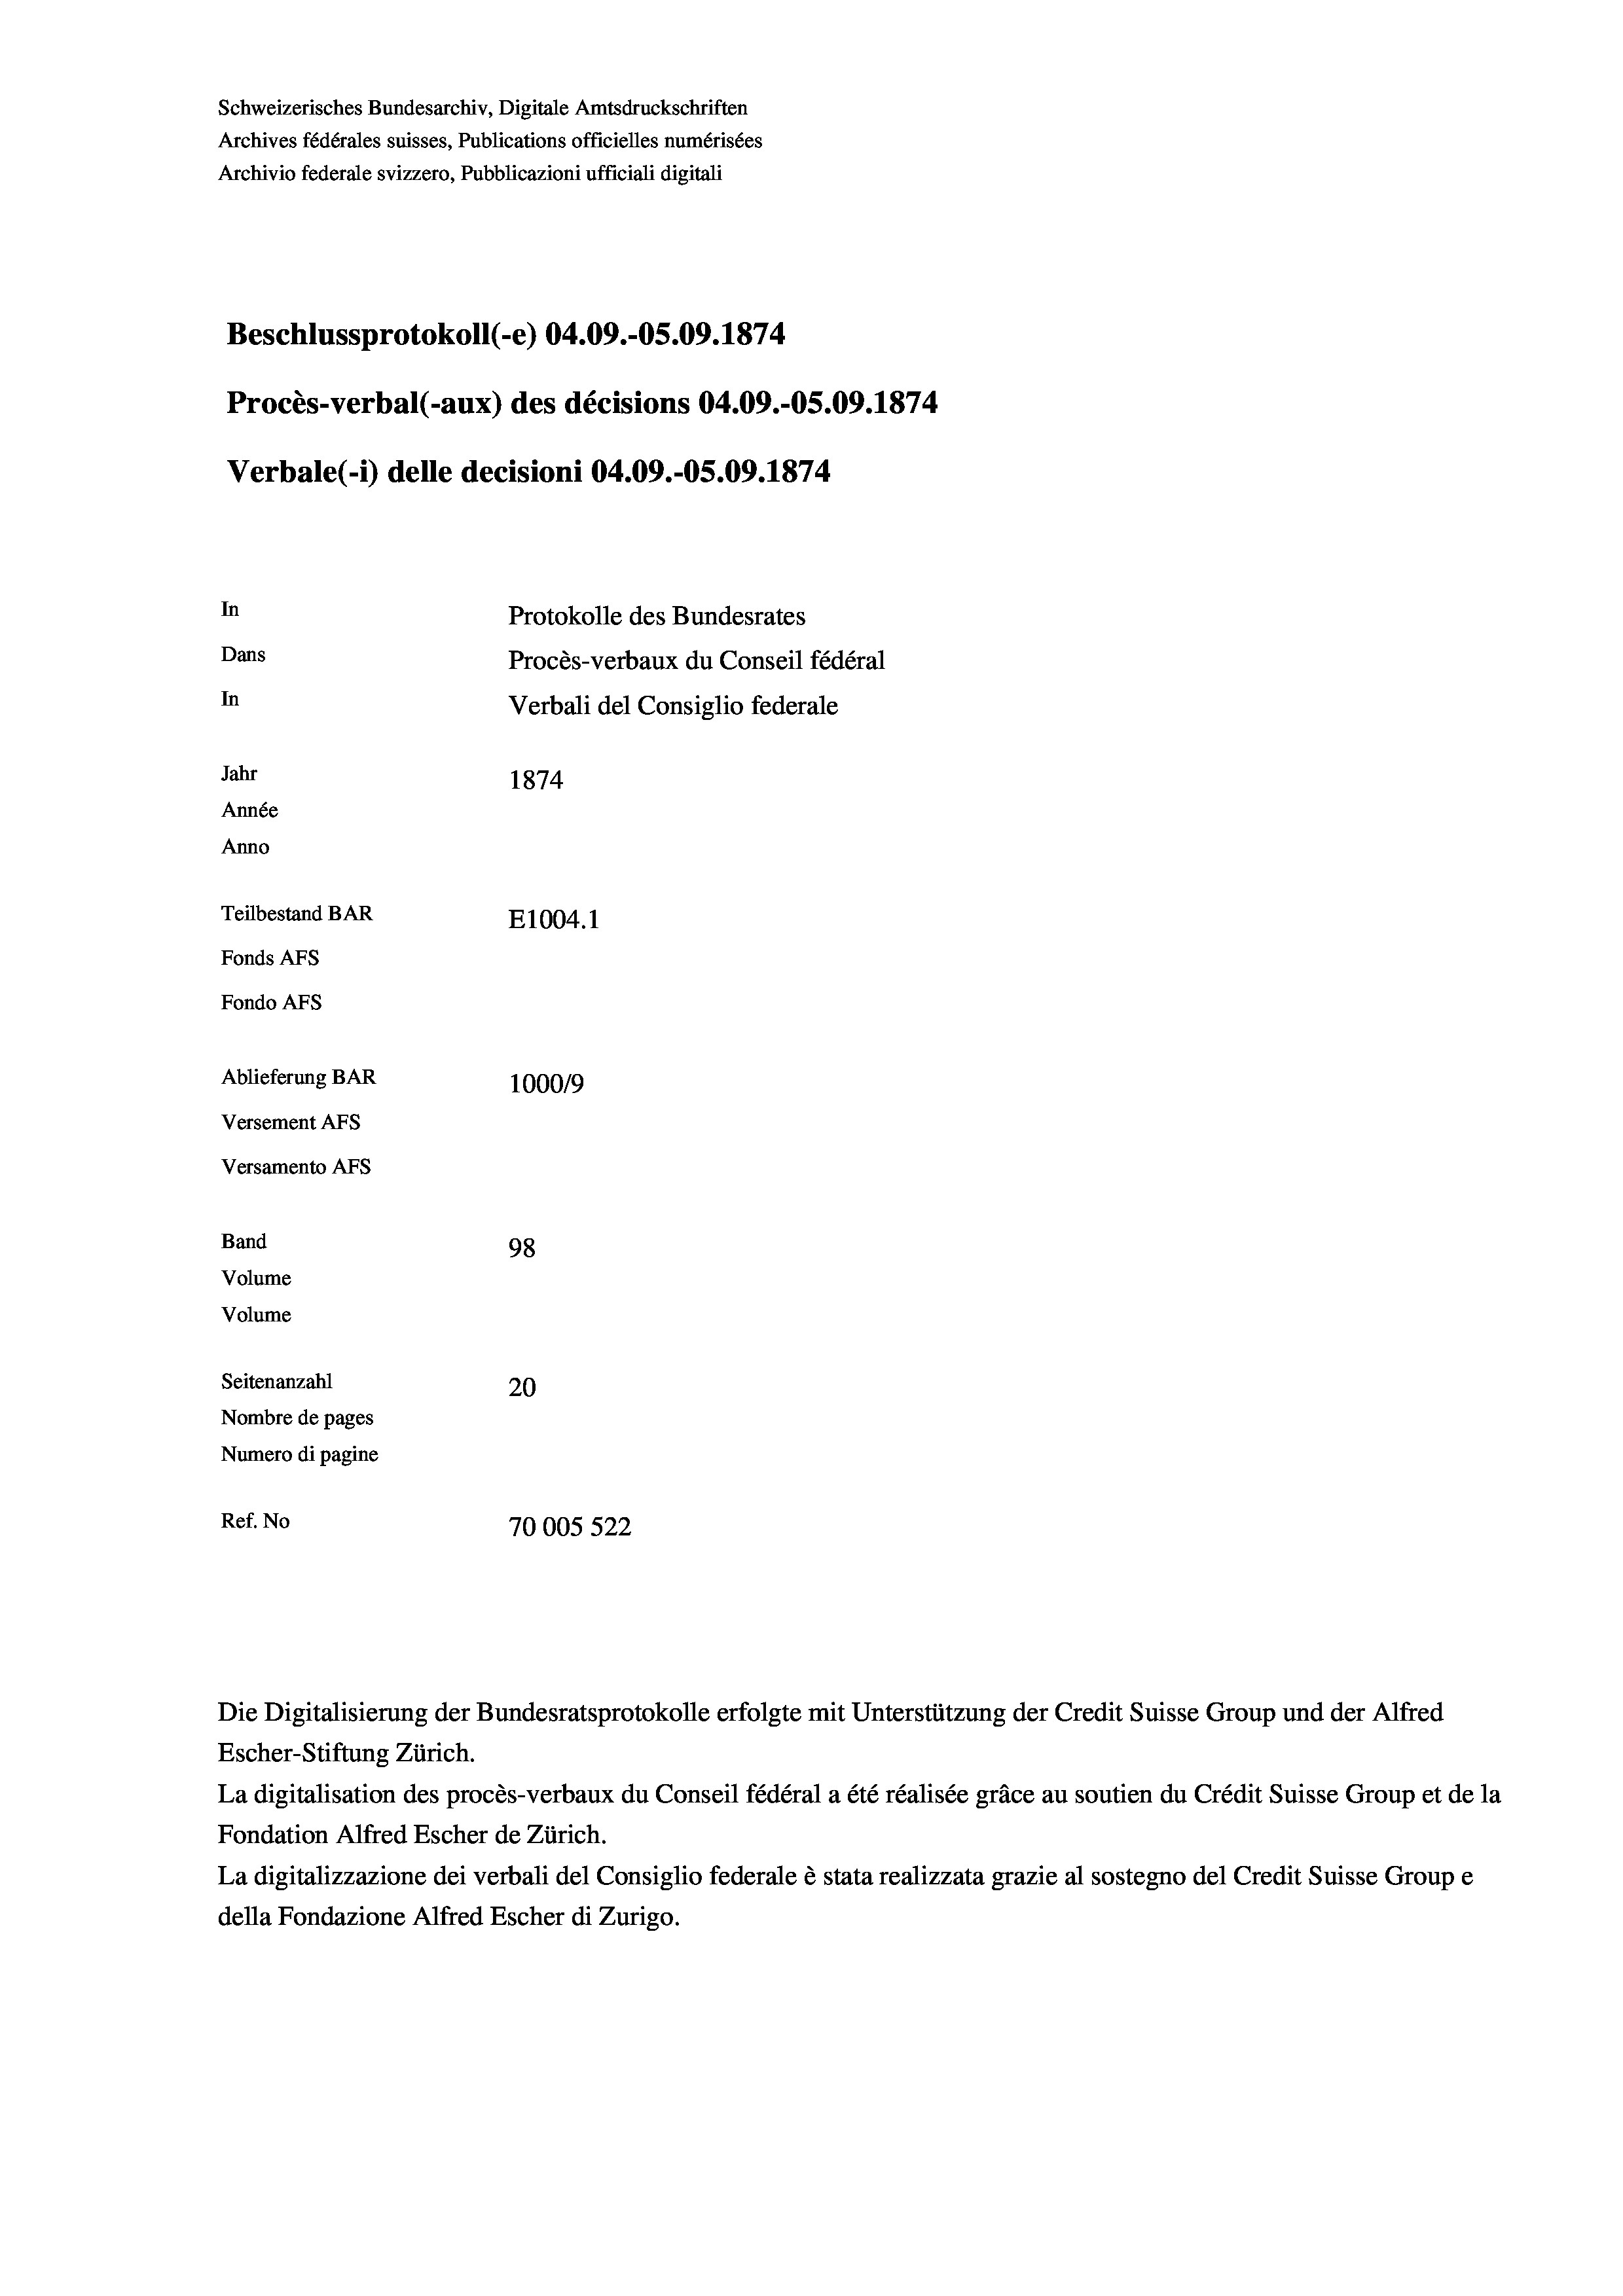
Schweizerisches Bundesarchiv, Digitale Amtsdruckschriften
Archives fédérales suisses, Publications officielles numérisées
Archivio federale svizzero, Pubblicazioni ufficiali digitali
Beschlussprotokoll (-e) 04.09.-05.09. 1874
Procès-verbal (-aux) des décisions 04.09.-05.09. 1874
Verbale(-*) delle decisioni 04.09.-05.09. 1874
In
Protokolle des Bundesrates
Dans
Procès-verbaux du Conseil fédéral
In
Verbali del Consiglio federale
Jahr
1874
Année
Anno
Teilbestand BAR
E1004.1
Fonds Afs
Fondo AFS
Ablieferung BAR
100019
Versement AFs
Versamento AFs
Band
98
Volume
Volume
Seitenanzahl
20
Nombre de pages
Numero di pagine
Ref. No
70005 522

Escher-Stiftung Zürich.
La digitalisation des procès-verbaux du Conseil fédéral a été réalisée gräce au soutien du Crédit Suisse Group et de la
Fondation Alfred Escher de Zürich.
La digitalizzazione dei verbali del Consiglio federale è stata realizzata grazie al sostegno del Credit Suisse Groupe
della Fondazione Alfred Escher di Zurigo.

Die Digitalisierung der Bundesratsprotokolle erfolgte mit Unterstützung der Credit Suisse Group und der Alfred